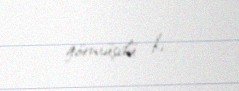
görmüşdü ki...